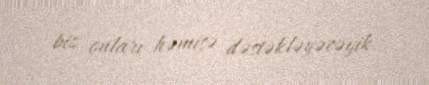
biz onları həmişə dəstəkləyəcəyik.